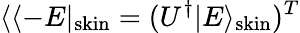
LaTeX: \langle\langle-E|_{\mathrm{skin}}=(U^{\dagger}|E\rangle_{\mathrm{skin}})^{T}